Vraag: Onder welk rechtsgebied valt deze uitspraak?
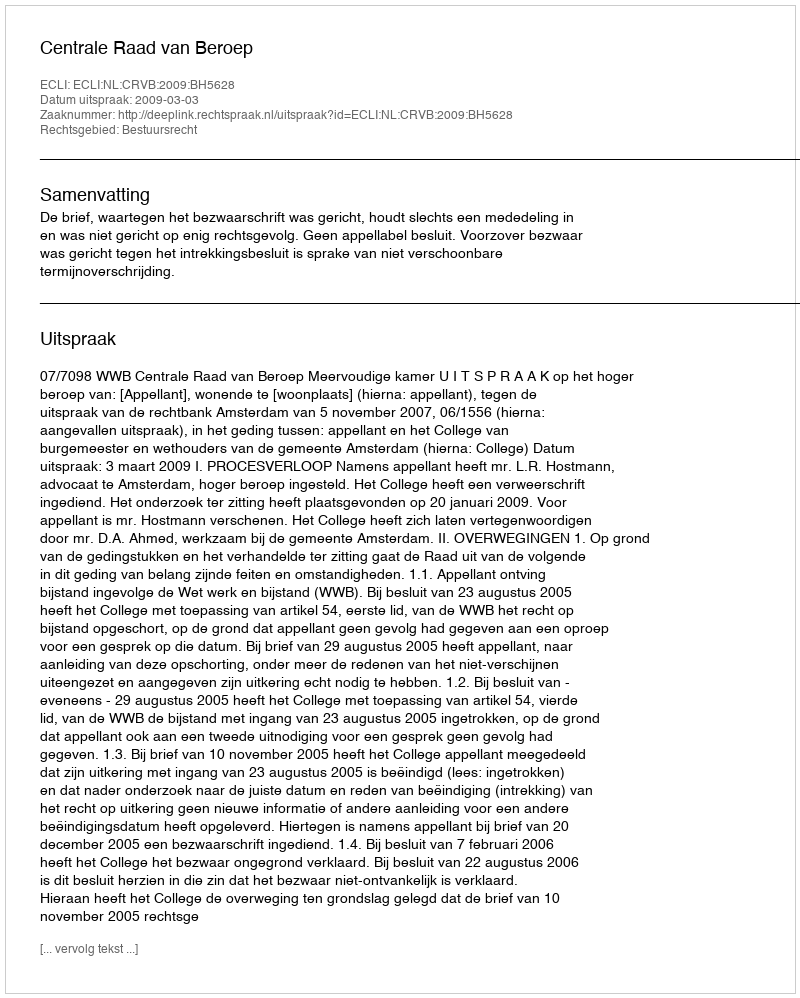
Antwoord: Bestuursrecht